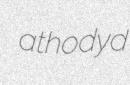
athodyd